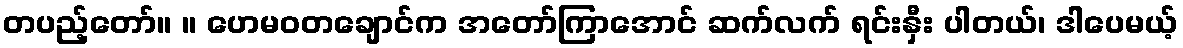
တပည့်တော်။ ။ ဟေမဝတချောင်က အတော်ကြာအောင် ဆက်လက် ရင်းနှီး ပါတယ်၊ ဒါပေမယ့်